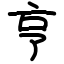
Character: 亨